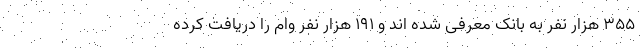
۳۵۵ هزار نفر به بانک معرفی شده اند و ۱۹۱ هزار نفر وام را دریافت کرده